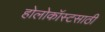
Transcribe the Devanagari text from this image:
होलोकॉस्टसाठी